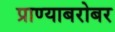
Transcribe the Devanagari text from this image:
प्राण्याबरोबर